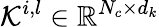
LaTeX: \mathcal{K}^{i,l}\in\mathbb{R}^{N_{c}\times d_{k}}